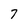
Character: 7